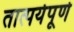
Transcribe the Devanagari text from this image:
तात्पर्यपूर्ण